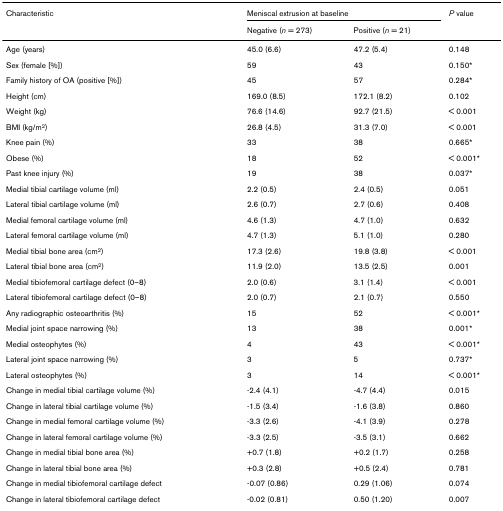
<table><thead><tr><td><b>Characteristic</b></td><td colspan="2"><b>Meniscal extrusion at baseline</b></td><td><b><i>P </i>value</b></td></tr><tr><td></td><td><b>Negative (<i>n </i>= 273)</b></td><td><b>Positive (<i>n </i>= 21)</b></td><td></td></tr></thead><tbody><tr><td>Age (years)</td><td>45.0 (6.6)</td><td>47.2 (5.4)</td><td>0.148</td></tr><tr><td>Sex (female [%])</td><td>59</td><td>43</td><td>0.150*</td></tr><tr><td>Family history of OA (positive [%])</td><td>45</td><td>57</td><td>0.284*</td></tr><tr><td>Height (cm)</td><td>169.0 (8.5)</td><td>172.1 (8.2)</td><td>0.102</td></tr><tr><td>Weight (kg)</td><td>76.6 (14.6)</td><td>92.7 (21.5)</td><td>&lt; 0.001</td></tr><tr><td>BMI (kg/m<sup>2</sup>)</td><td>26.8 (4.5)</td><td>31.3 (7.0)</td><td>&lt; 0.001</td></tr><tr><td>Knee pain (%)</td><td>33</td><td>38</td><td>0.665*</td></tr><tr><td>Obese (%)</td><td>18</td><td>52</td><td>&lt; 0.001*</td></tr><tr><td>Past knee injury (%)</td><td>19</td><td>38</td><td>0.037*</td></tr><tr><td>Medial tibial cartilage volume (ml)</td><td>2.2 (0.5)</td><td>2.4 (0.5)</td><td>0.051</td></tr><tr><td>Lateral tibial cartilage volume (ml)</td><td>2.6 (0.7)</td><td>2.7 (0.6)</td><td>0.408</td></tr><tr><td>Medial femoral cartilage volume (ml)</td><td>4.6 (1.3)</td><td>4.7 (1.0)</td><td>0.632</td></tr><tr><td>Lateral femoral cartilage volume (ml)</td><td>4.7 (1.3)</td><td>5.1 (1.0)</td><td>0.280</td></tr><tr><td>Medial tibial bone area (cm<sup>2</sup>)</td><td>17.3 (2.6)</td><td>19.8 (3.8)</td><td>&lt; 0.001</td></tr><tr><td>Lateral tibial bone area (cm<sup>2</sup>)</td><td>11.9 (2.0)</td><td>13.5 (2.5)</td><td>0.001</td></tr><tr><td>Medial tibiofemoral cartilage defect (0–8)</td><td>2.0 (0.6)</td><td>3.1 (1.4)</td><td>&lt; 0.001</td></tr><tr><td>Lateral tibiofemoral cartilage defect (0–8)</td><td>2.0 (0.7)</td><td>2.1 (0.7)</td><td>0.550</td></tr><tr><td>Any radiographic osteoarthritis (%)</td><td>15</td><td>52</td><td>&lt; 0.001*</td></tr><tr><td>Medial joint space narrowing (%)</td><td>13</td><td>38</td><td>0.001*</td></tr><tr><td>Medial osteophytes (%)</td><td>4</td><td>43</td><td>&lt; 0.001*</td></tr><tr><td>Lateral joint space narrowing (%)</td><td>3</td><td>5</td><td>0.737*</td></tr><tr><td>Lateral osteophytes (%)</td><td>3</td><td>14</td><td>&lt; 0.001*</td></tr><tr><td>Change in medial tibial cartilage volume (%)</td><td>-2.4 (4.1)</td><td>-4.7 (4.4)</td><td>0.015</td></tr><tr><td>Change in lateral tibial cartilage volume (%)</td><td>-1.5 (3.4)</td><td>-1.6 (3.8)</td><td>0.860</td></tr><tr><td>Change in medial femoral cartilage volume (%)</td><td>-3.3 (2.6)</td><td>-4.1 (3.9)</td><td>0.278</td></tr><tr><td>Change in lateral femoral cartilage volume (%)</td><td>-3.3 (2.5)</td><td>-3.5 (3.1)</td><td>0.662</td></tr><tr><td>Change in medial tibial bone area (%)</td><td>+0.7 (1.8)</td><td>+0.2 (1.7)</td><td>0.258</td></tr><tr><td>Change in lateral tibial bone area (%)</td><td>+0.3 (2.8)</td><td>+0.5 (2.4)</td><td>0.781</td></tr><tr><td>Change in medial tibiofemoral cartilage defect</td><td>-0.07 (0.86)</td><td>0.29 (1.06)</td><td>0.074</td></tr><tr><td>Change in lateral tibiofemoral cartilage defect</td><td>-0.02 (0.81)</td><td>0.50 (1.20)</td><td>0.007</td></tr></tbody></table>